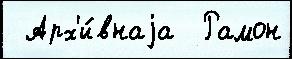
 Арх'и́внаjа  Рамон